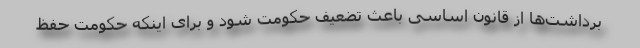
برداشت‌ها از قانون اساسی باعث تضعیف حکومت شود و برای اینکه حکومت حفظ